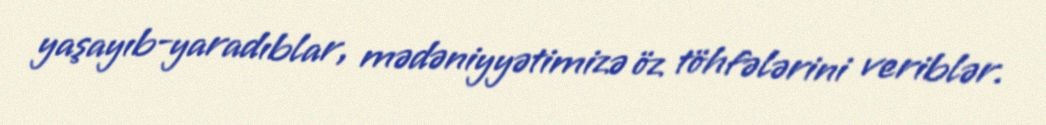
yaşayıb-yaradıblar, mədəniyyətimizə öz töhfələrini veriblər.